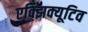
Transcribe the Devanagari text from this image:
एक्झिक्यूटिव